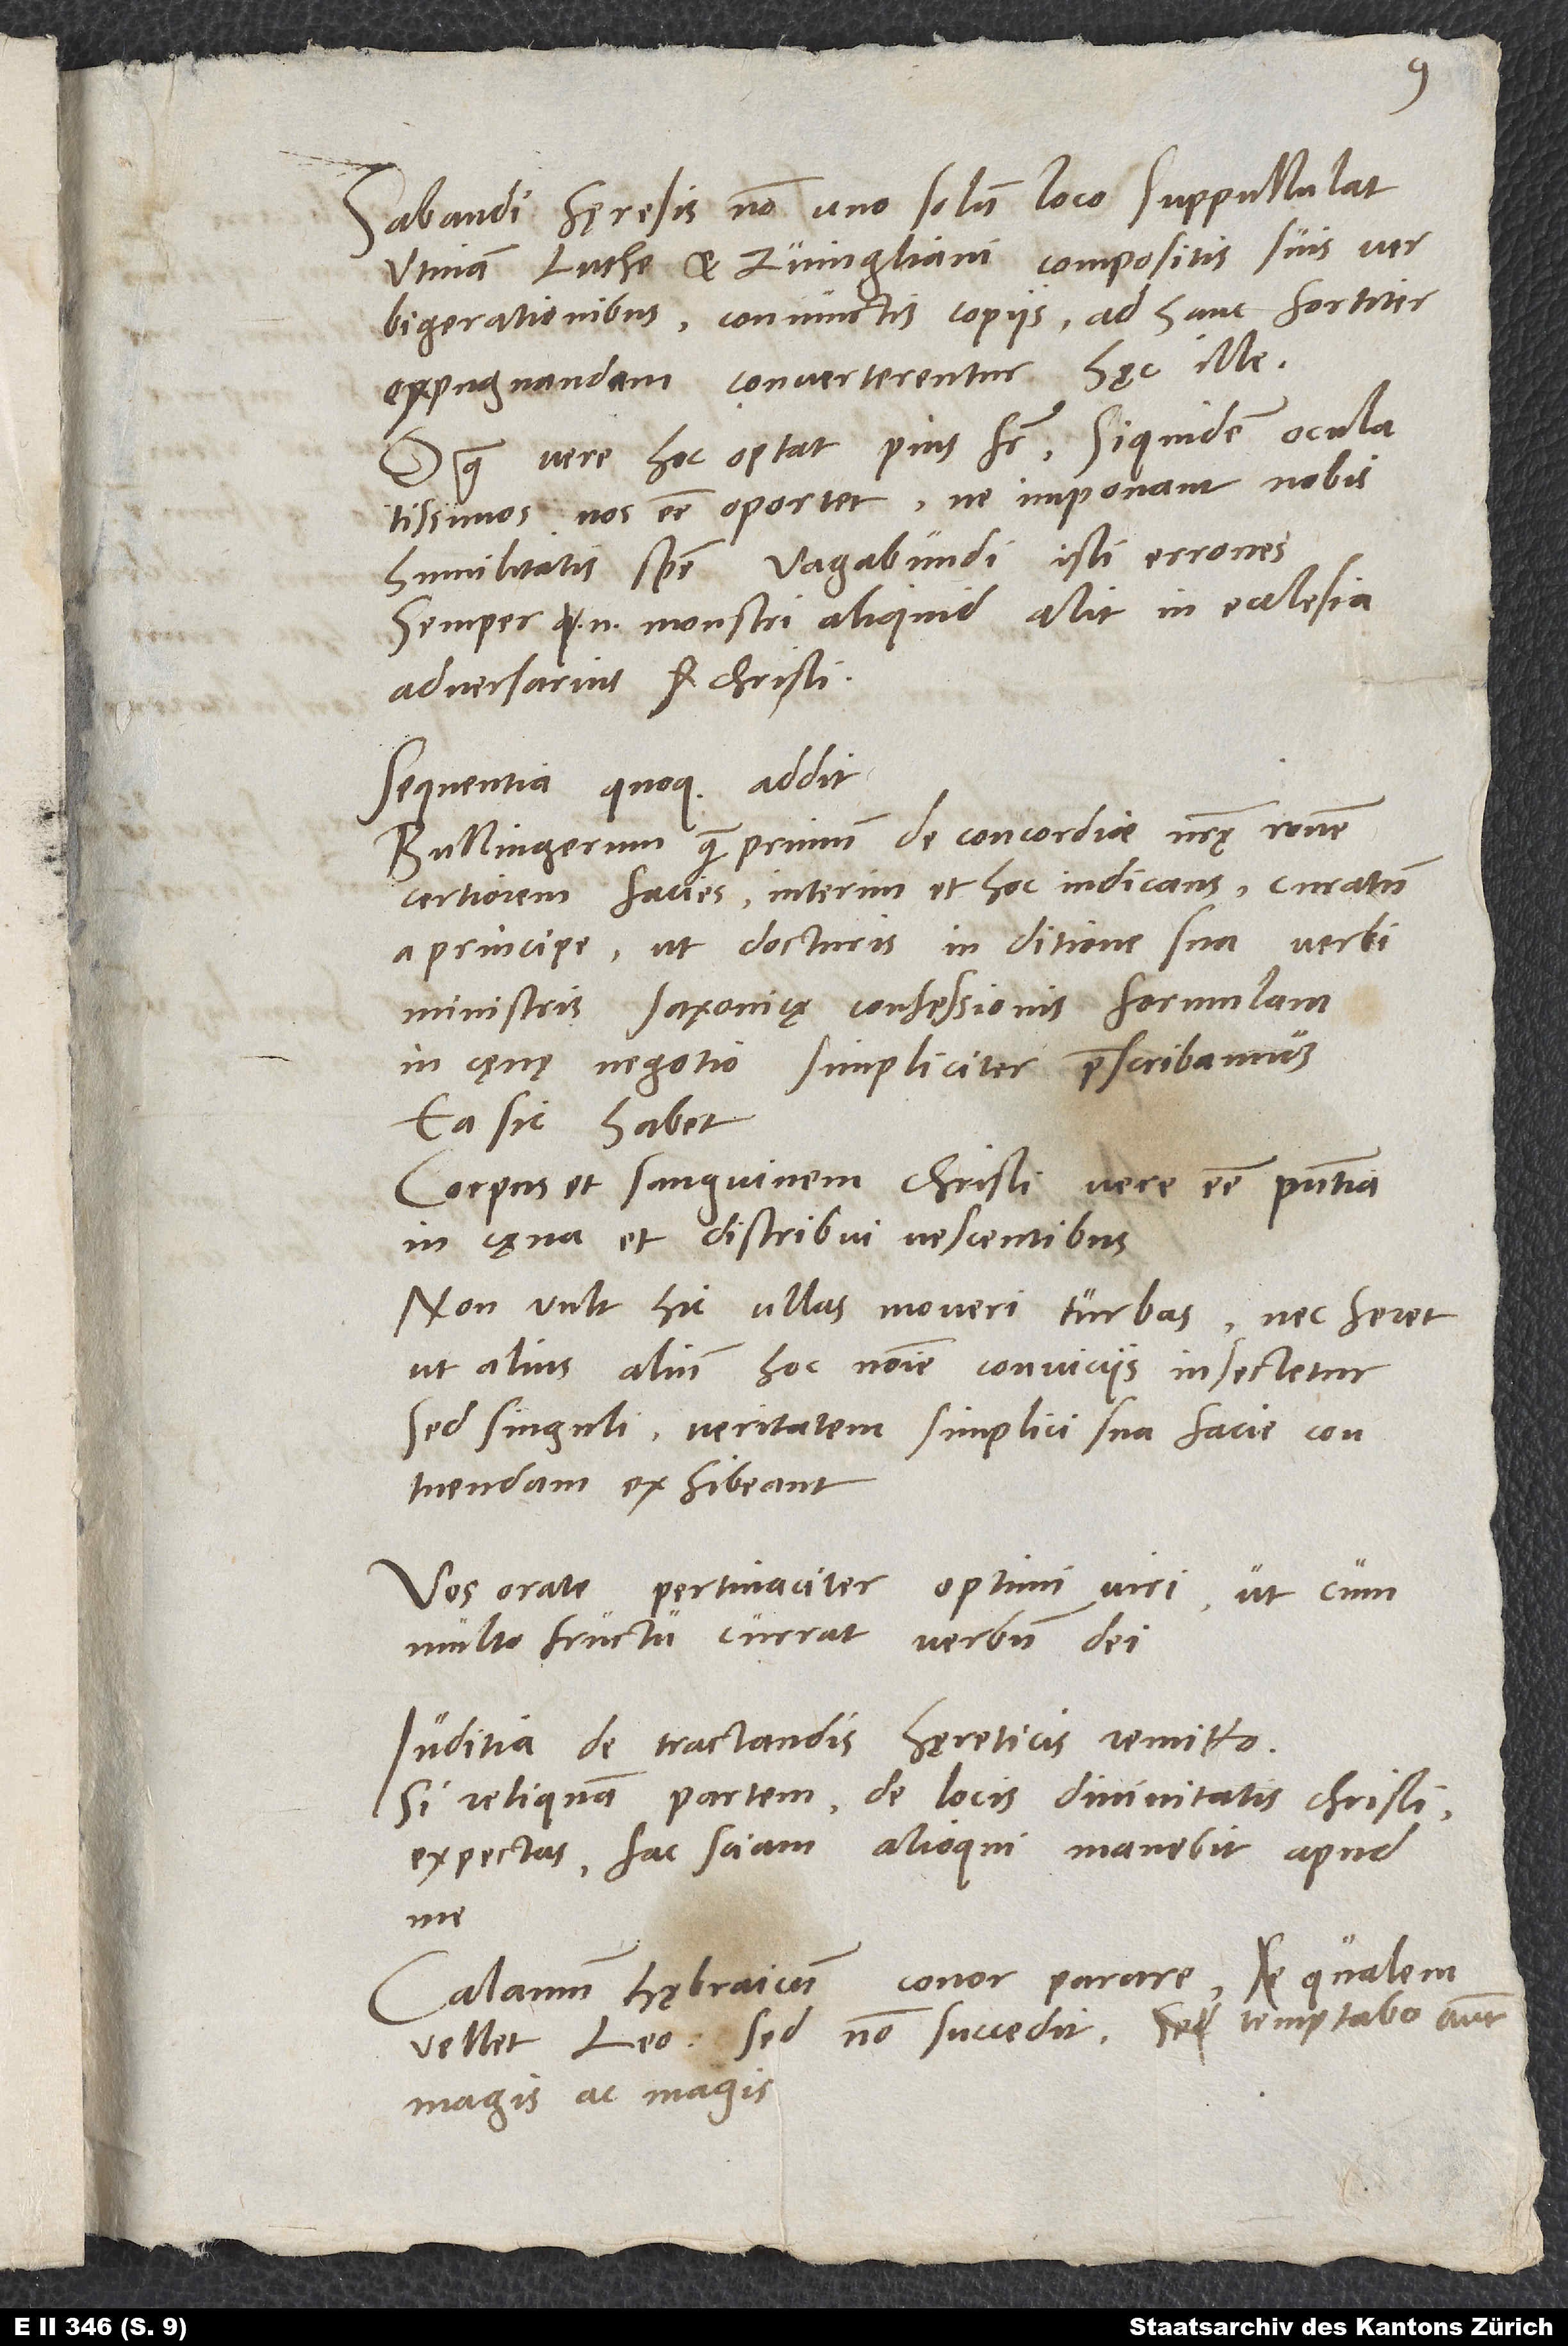
9.
«Sabaudi hęresis non uno solum loco suppullulat.
Utinam Luthe et Zvingliani compositis suis
verbigerationibus coniunctis copiis ad hanc fortiter
expugnandam converterentur!» Hęc ille.
O quam vere hoc optat pius frater, siquidem oculatissimos
nos esse oportet, ne imponant nobis
humilitatis spem vagabundi isti errones.
Semper enim monstri aliquid alit in ecclesia
adversarius Christi.
Sequentia quoque addit:
«Bullingerum quam primum de concordiae nostrę ratione
certiorem facies interim et hoc indicans, curatum
a principe, ut docturis in ditione sua verbi
ministris Saxonicę Confessionis formulam
in caenae negotio simpliciter praescribamus.
Ea sic habet,
corpus et sanguinem Christi vere esse praesentia
in cęna et distribui vescentibus.
Non vult hic ullas moveri turbas nec feret,
ut alius alium hoc nomine conviciis insectetur,
sed singuli veritatem simplici sua facie contuendam
Vos orate pertinaciter, optimi viri, ut cum
multo fructu currat
verbum dei.
Iuditia de tractandis hęreticis remitto.
Si reliquam partem de locis divinitatis Christi
expectas, fac, sciam. Alioqui manebit apud
conor parare, qualem
Calamum hębraicum
vellet Leo, sed non succedit. Temptabo autem
magis ac magis.